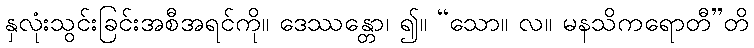
နှလုံးသွင်းခြင်းအစီအရင်ကို။ ဒေဿန္တော၊ ၍။ “သော။ လ။ မနသိကရောတီ”တိ